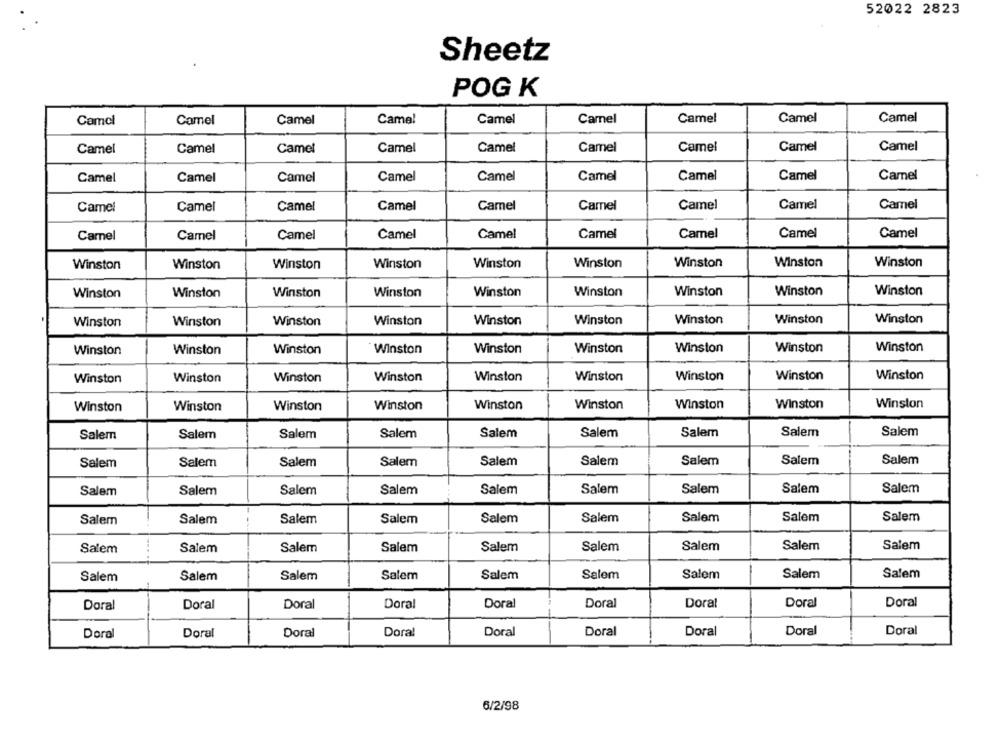
52022 2823
Sheetz
POG K
Camel
Camel
Camel
Camel
Camel
Camel
Camel
Camel
Camel
Camel
Camel
Camel
Camel
Camel
Camel
Camel
Camel
Camel
Camel
Camel
Camel
Camel
Camel
Camel
Camel
Camel
Camel
Camel
Camel
Camel
Camel
Camel
Camel
Camel
Camel
Camel
Camel
Camel
Camel
Camel
Camel
Camel
Camel
Camel
Camel
Winston
Winston
Winston
Winston
Winston
Winston
Winston
Winston
Winston
Winston
Winston
Winston
Winston
Winston
Winston
Winston
Winston
Winston
Winston
Winston
Winston
Winston
Winston
Winston
Winston
Winston
Winston
Winston
Winston
Winston
Winston
Winston
Winston
Winston
Winston
Winston
Winston
Winston
Winston
Winston
Winston
Winston
Winston
Winston
Winston
Winston
Winston
Winston
Winston
Winston
Winston
Winston
Winston
Winston
Salem
Salem
Salem
Salem
Salem
Salem
Salem
Salem
Salem
Salem
Salem
Salem
Salem
Salem
Salem
Salem
Salem
Salem
Salem
Salem
Salem
Salem
Salem
Salem
Salem
Salem
Salem
Salem
Salem
Salem
Salem
Salem
Salem
Salem
Salem
Salem
Salem
Salem
Salem
Salem
Salem
Salem
Salem
Salem
Salem
Salem
Salem
Salem
Salem
Salem
Salem
Salem
Salem
Salem
Doral
Doral
Doral
Doral
Doral
Doral
Doral
Doral
Doral
Doral
Doral
Doral
Doral
Doral
Dora!
Doral
Doral
Doral
6/2/98